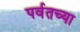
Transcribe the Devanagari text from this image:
पर्वतच्या